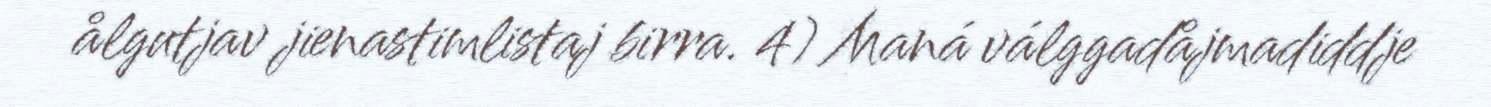
ålgutjav jienastimlistaj birra. 4) Maná válggadåjmadiddje